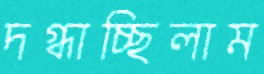
দগ্ধাচ্ছিলাম